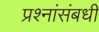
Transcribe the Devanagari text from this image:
प्रश्नांसंबधी